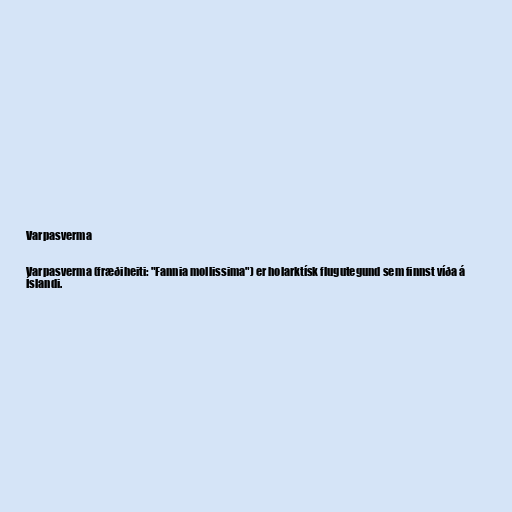
Varpasverma

Varpasverma (fræðiheiti: "Fannia mollissima") er holarktísk flugutegund sem finnst víða á
Íslandi.